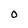
Character: 0